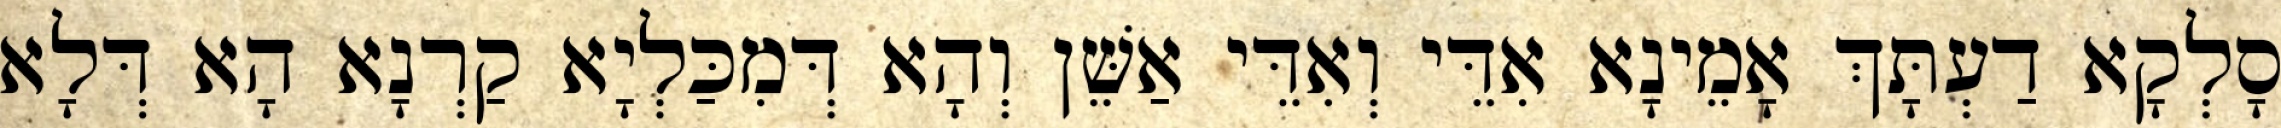
סָלְקָא דַעְתָּךְ אָמֵינָא אִדֵּי וְאִדֵּי אַשֵּׁן וְהָא דְּמִכַּלְיָא קַרְנָא הָא דְּלָא